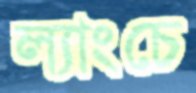
ল্যাংচে